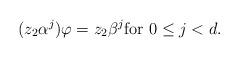
LaTeX: \begin{align*} (z_2 \alpha^j) \varphi = z_2 \beta^j \text{for $0 \le j < d$.} \end{align*}